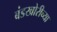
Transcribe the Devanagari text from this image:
बंडखोरीच्या